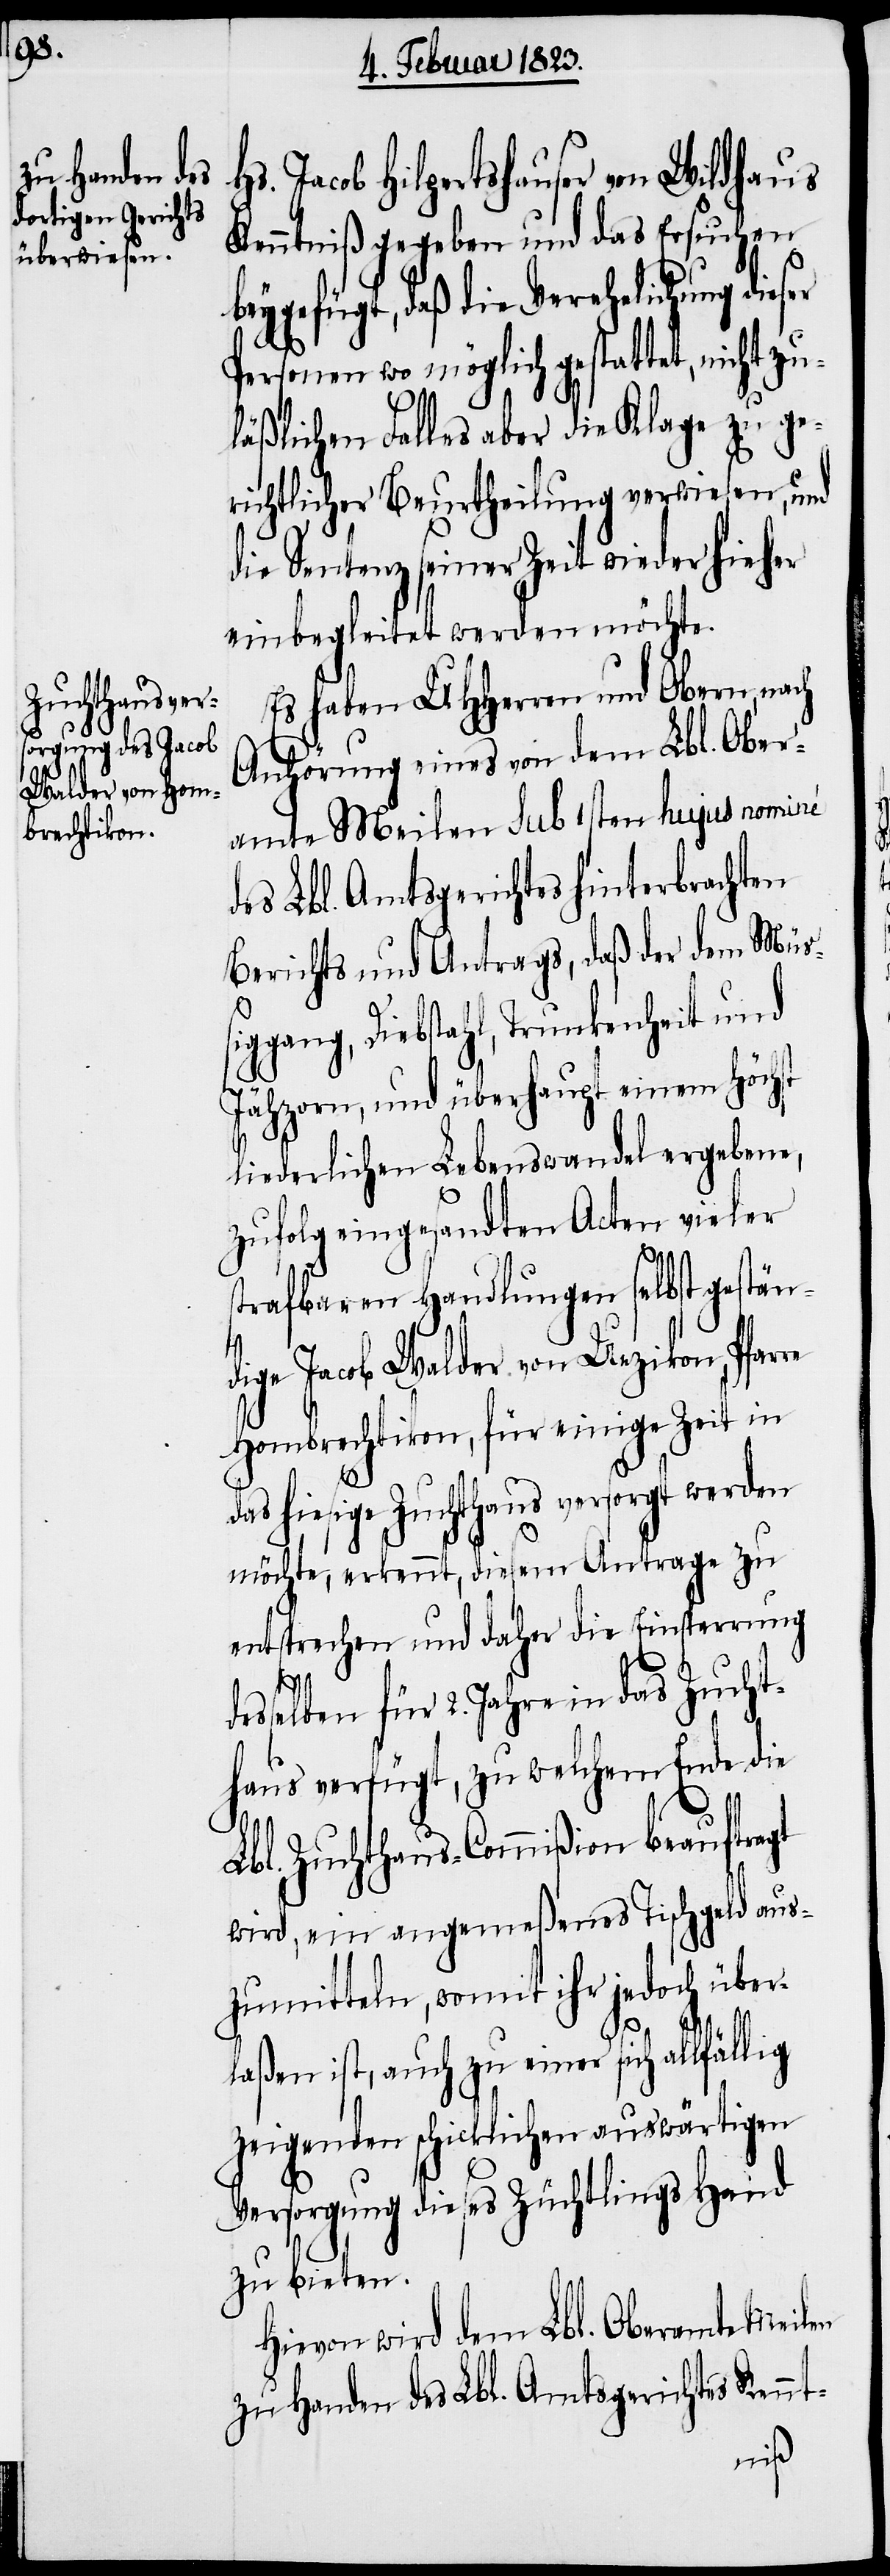
Hs. Jacob Hilpertshauser von Wildhaus
Kenntniß gegeben und das Ersuchen
beygefügt, daß die Verehelichung dieser
Personen wo möglich gestattet, nicht zu¬
läßlichen Falles aber die Klage zu ge¬
richtlicher Beurtheilung verwiesen, und
die Sentenz seiner Zeit wieder hieher
einbegleitet werden möchte.
Es haben UHHerren und Obern, nach
Anhörung eines von dem Lbl. Ober¬
amte Meilen Sub 1sten hujus nominé
des Lbl. Amtsgerichtes hinterbrachten
Berichts und Antrags, daß der dem Müß¬
iggang, Diebstahl, Trunkenheit und
Jähzorn, und überhaupt einem Höchst
liederlichen Lebenswandel ergebene,
zufolg eingesandten Acten vieler
strafbaren Handlungen selbst gestän¬
nt-
dige Jacob Walder von Uezikon, Pfarre
Hombrechtikon, für einige Zeit in
das hiesige Zuchthaus versorgt werden
möchte, erkennt, diesem Antrage zu
entsprechen und daher die Einsperrung
desselben für 2. Jahre in das Zucht¬
haus verfügt, zu welchem Ende die
Lbl. Zuchthaus-Commißion beauftragt
wird, ein angemeßenes Tischgeld aus¬
zumitteln, womit ihr jedoch über¬
laßen ist, auch zu einer sich allfällig
zeigenden schicklichen auswärtigen
Versorgung dieses Züchtlings Hand
zu bieten.
Hievon wird dem Lbl. Oberamte Meilen
zu Handen des Lbl. Amtsgerichtes Ken¬